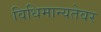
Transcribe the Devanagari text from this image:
विधिमान्यतेवर